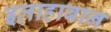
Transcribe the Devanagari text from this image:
इलाहाबान